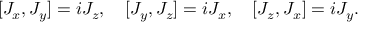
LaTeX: [ J _ { x } , J _ { y } ] = i J _ { z } , \quad [ J _ { y } , J _ { z } ] = i J _ { x } , \quad [ J _ { z } , J _ { x } ] = i J _ { y } .